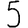
Digit: 5